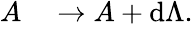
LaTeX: \begin{array}{rl}{A}&{{}\to A+\mathrm{d}\Lambda.}\end{array}